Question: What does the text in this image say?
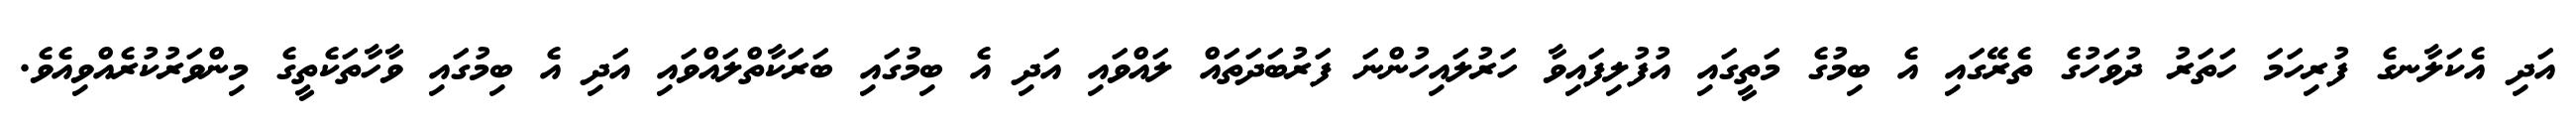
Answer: އަދި އެކަލާނގެ ފުރިހަމަ ހަތަރު ދުވަހުގެ ތެރޭގައި އެ ބިމުގެ މަތީގައި އުފުލިފައިވާ ހަރުލައިހުންނަ ފަރުބަދަތައް ލައްވައި އަދި އެ ބިމުގައި ބަރަކާތްލައްވައި އަދި އެ ބިމުގައި ވާހާތަކެތީގެ މިންވަރުކުރެއްވިއެވެ.